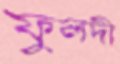
ফুলদী